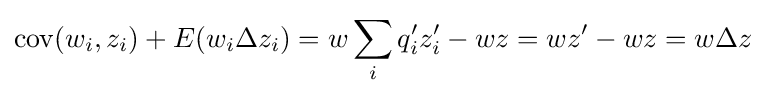
\operatorname {cov} (w_{i},z_{i})+E(w_{i}\Delta z_{i})=w\sum _{i}q_{i}'z_{i}'-wz=wz'-wz=w\Delta z